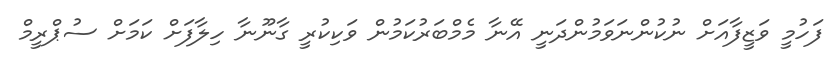
ފަހުމީ ވަޒީފާއަށް ނުކުންނަވަމުންދަނީ އޭނާ މެމްބަރުކަމުން ވަކިކުރީ ގާނޫނާ ހިލާފަށް ކަމަށް ސުޕްރީމް